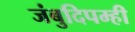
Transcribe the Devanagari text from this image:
जंबुदिपम्ही